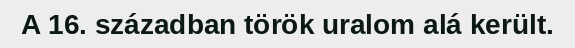
A 16. században török uralom alá került.